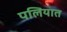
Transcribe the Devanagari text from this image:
पलियात